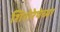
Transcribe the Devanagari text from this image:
शिरोरेषेच्या